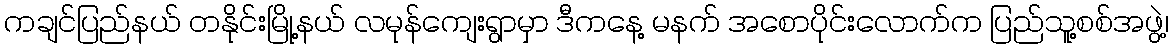
ကချင်ပြည်နယ် တနိုင်းမြို့နယ် လမုန်ကျေးရွာမှာ ဒီကနေ့ မနက် အစောပိုင်းလောက်က ပြည်သူ့စစ်အဖွဲ့၊